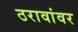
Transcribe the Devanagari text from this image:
ठरावांवर